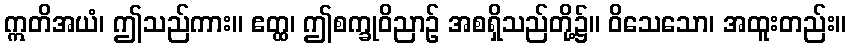
ဣတိအယံ၊ ဤသည်ကား။ ဧတ္ထ၊ ဤစက္ခုဝိညာဉ် အစရှိသည်တို့၌။ ဝိသေသော၊ အထူးတည်း။